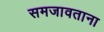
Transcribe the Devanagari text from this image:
समजावताना